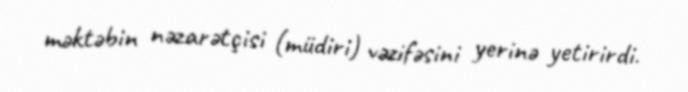
məktəbin nəzarətçisi (müdiri) vəzifəsini yerinə yetirirdi.